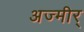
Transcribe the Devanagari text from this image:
अज्मीर्